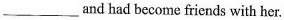
___and had become friends with her.